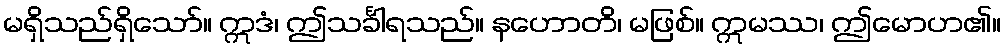
မရှိသည်ရှိသော်။ ဣဒံ၊ ဤသင်္ခါရသည်။ နဟောတိ၊ မဖြစ်။ ဣမဿ၊ ဤမောဟ၏။